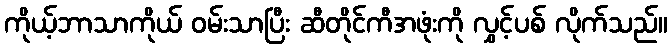
ကိုယ့်ဘာသာကိုယ် ဝမ်းသာပြီး ဆီတိုင်ကီအဖုံးကို လွှင့်ပစ် လိုက်သည်။